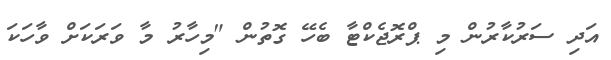
އަދި ސަރުކާރުން މި ޕްރޮޖެކްޓާ ބެހޭ ގޮތުން "މިހާރު މާ ވަރަކަށް ވާހަކަ